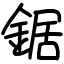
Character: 鋸